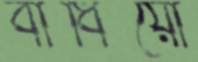
বাঁধিয়ো